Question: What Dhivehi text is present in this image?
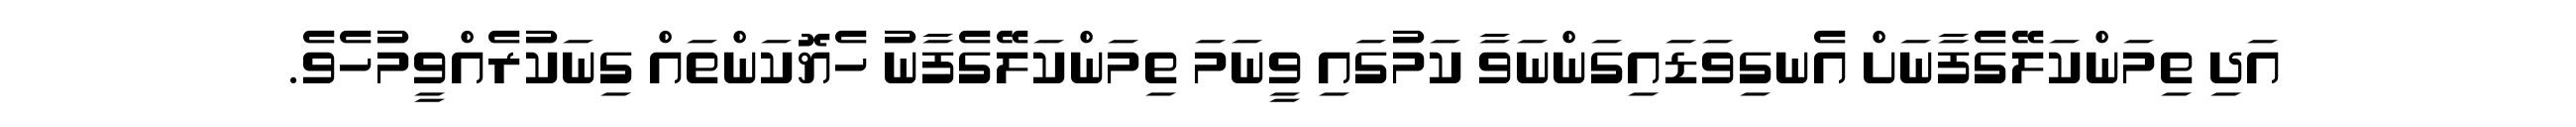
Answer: އަދި ތިމަންކަލޭގެފާނަށް އެނގިވަޑައިގަންނަވާ ކަމުގައި ވީނަމަ ތިމަންކަލޭގެފާނު ހެޔޮކަންތައް ގިނަކުރެއްވީމުހެވެ.